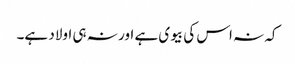
کہ نہ اس کی بیوی ہے اور نہ ہی اولاد ہے۔